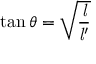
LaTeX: \tan \theta = { \sqrt { \frac { \mathit { l } } { { \mathit { l } } ^ { \prime } } } }